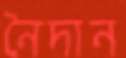
নৈদান